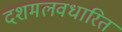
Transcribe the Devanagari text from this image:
दशमलवधारित